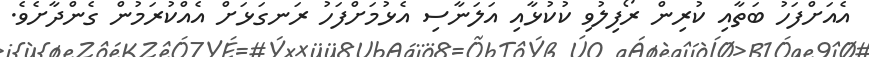
އެއަށްފަހު ބަތާއި ކުރިން ރޯފިލުވި ކުކުޅާއި އަލަނާސި އެޅުމަށްފަހު ރަނގަޅަށް އެއްކުރަމުން ގެންދާށެވެ.